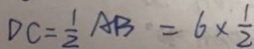
D C = \frac { 1 } { 2 } A B = 6 \times \frac { 1 } { 2 }